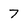
Character: 7